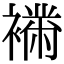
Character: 𧝉